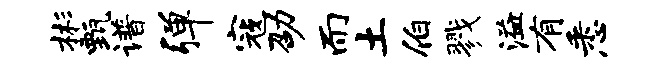
彬甄谱弹寇劭而土伯戮溢有悉